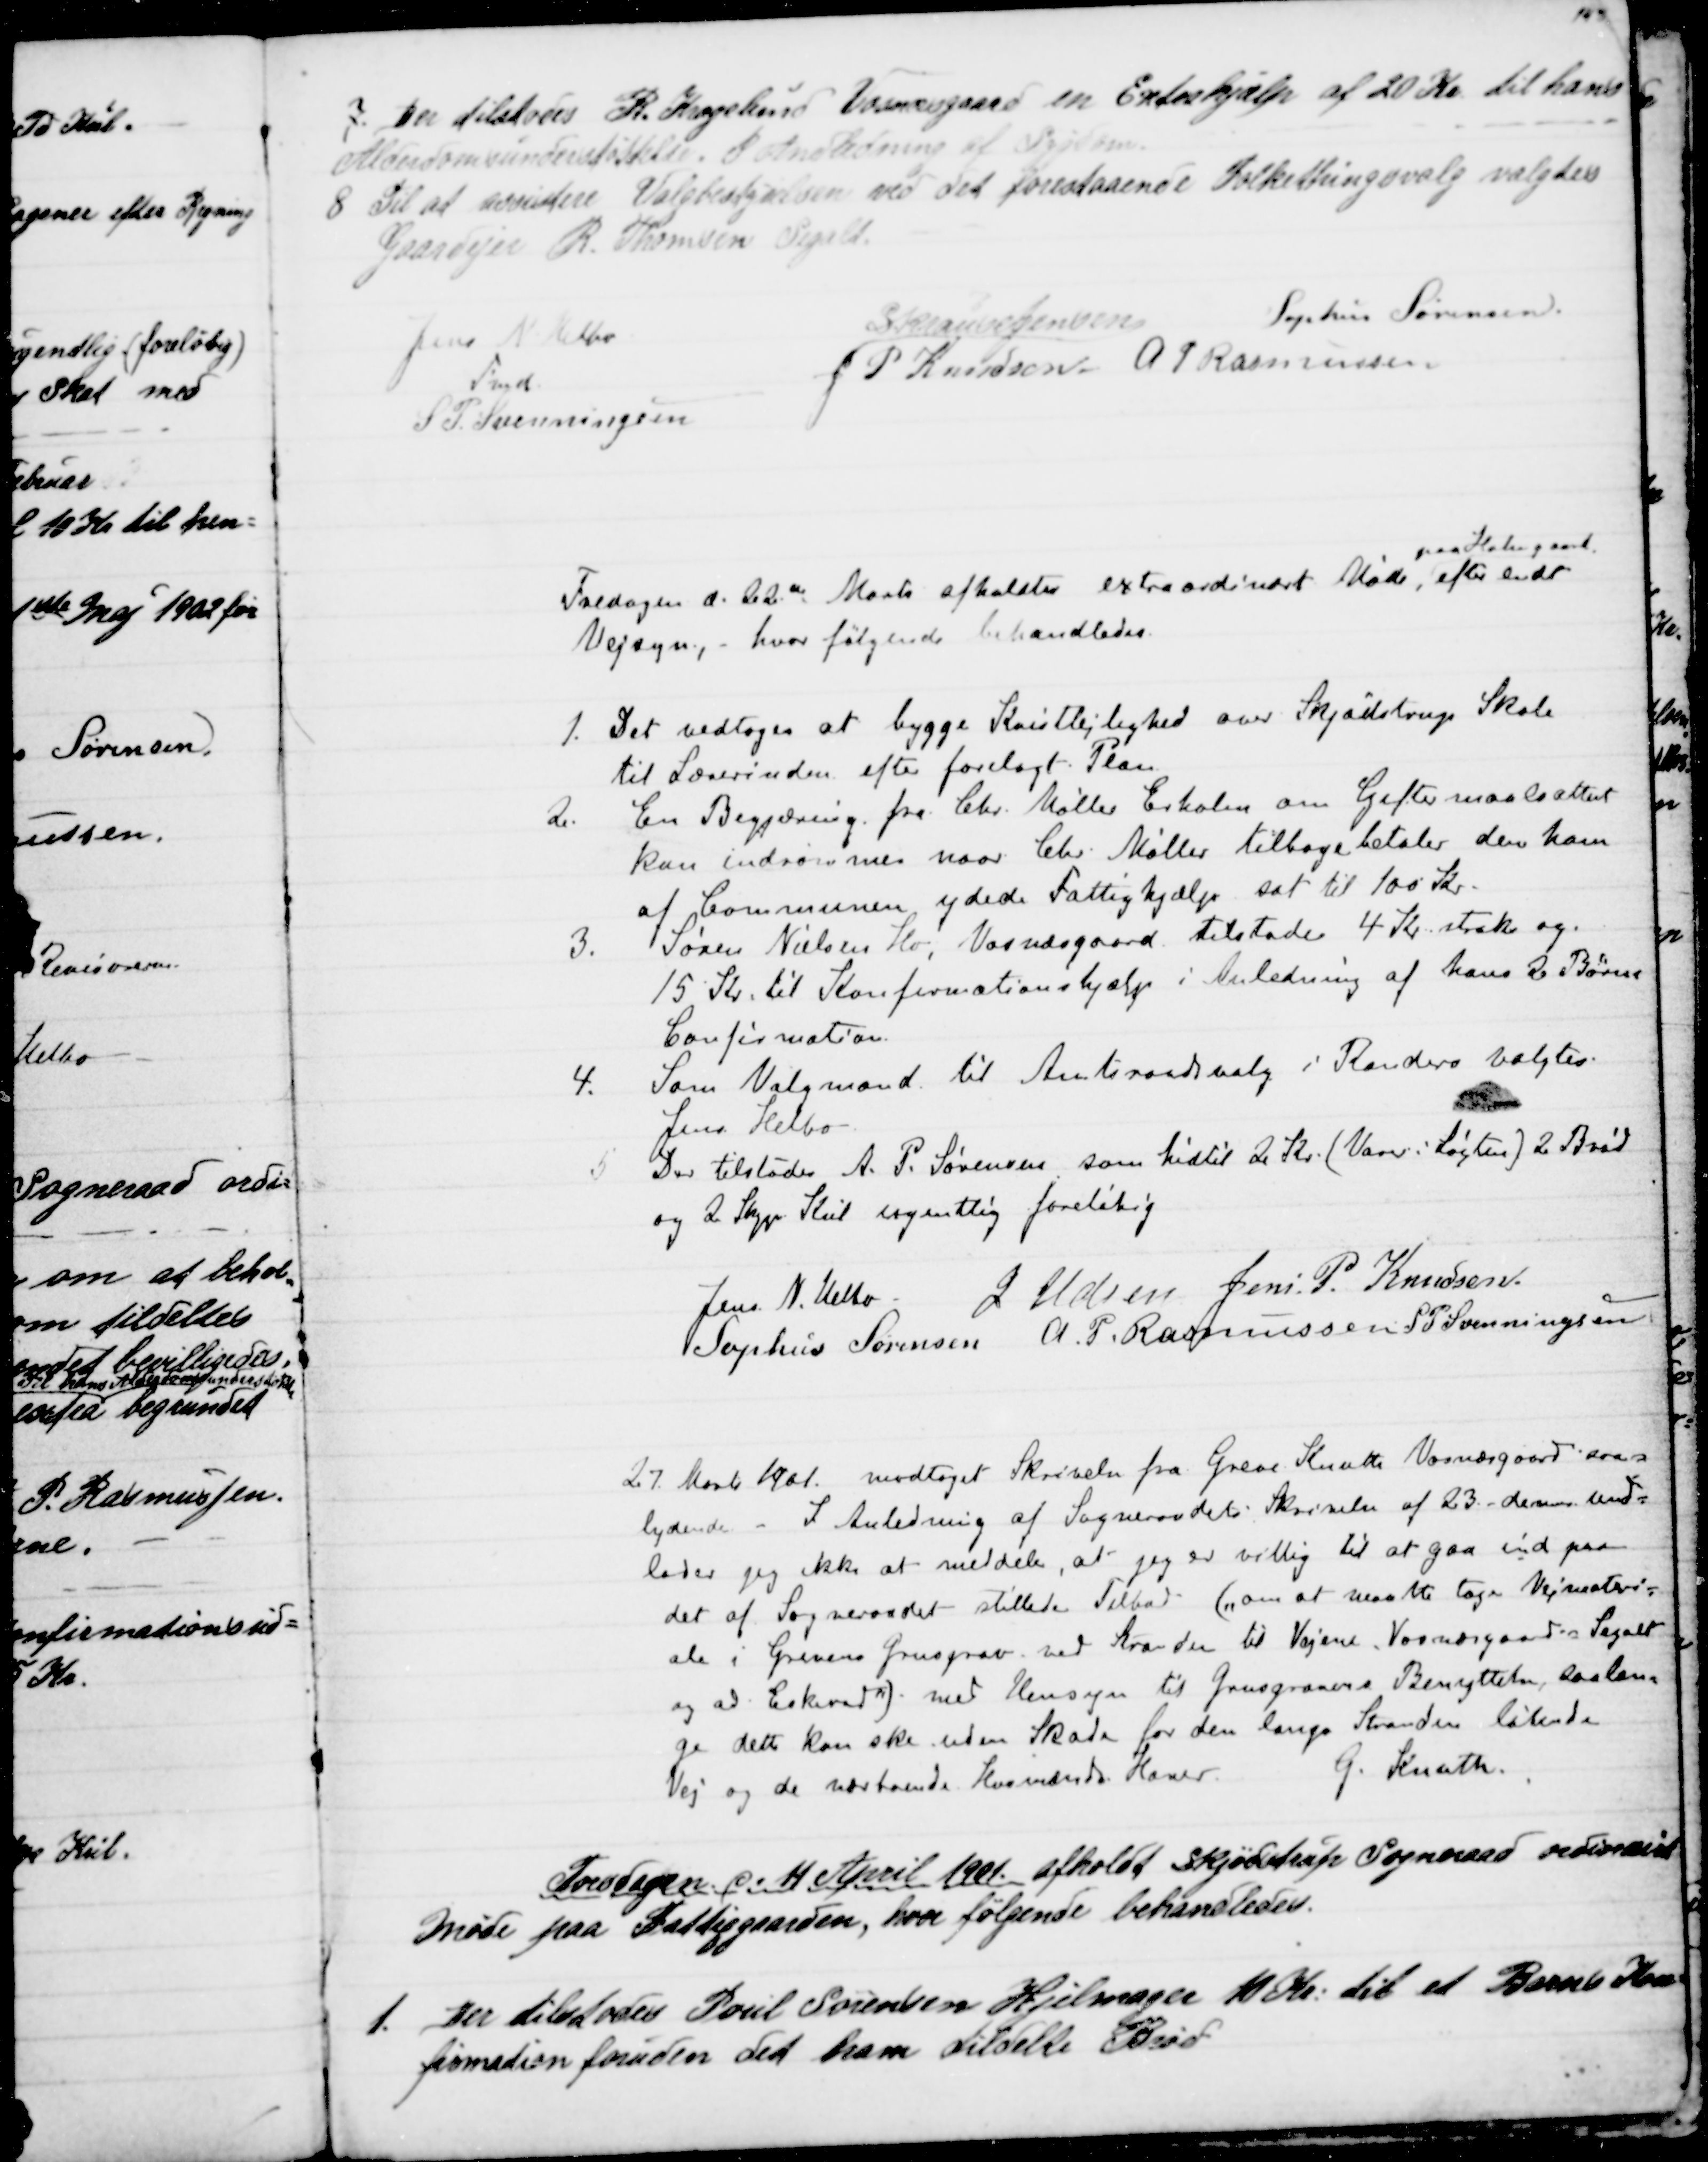
Transskription:
7. Der tilstodes R. Kragelund Vosnæsgaard en Extrahjælp af 20 Kr. til hans
Alderdomsunderstøttelse i Anledning af Sygdom.
8 Til at assistere Valgbestyrelsen til det forestaaende Folketingsvalg valgtes
Gaardejer R Thomsen Segalt.
Jens N. Helbo
Fmd
S Krause Jensen
Sophus Sørensen
J P Knudsen.
A P Rasmussen
S. P. Svenningsen

Fredagen d. 22de Marts afholdtes extraordinært Møde, 
paa Holmgaard
efter endt
Vejsyn, hvor følgende behandledes.
1. Det vedtoges at bygge Kvistlejlighed over Skjødstrup Skole
til Lærerinden efter forelagt Plan.
2. En Begjæring fra Chr. Møller Erholm om Giftemaalsattest
kan indrømmes naar Chr. Møller tilbagebetaler den ham
af Communen ydede Fattighjælp sat til 100 Kr.
3. Søren Nielsen Hoe, Vosnæsgard tilstodes 4 Kr. straks og.
15 Kr. til Konfirmationshjælp i Anledning af hans 2 Børns
Confirmation.
4. Som Valgmand til Amtsraadsvalg i Randers valgtes
Jens Helbo
5 Der tilstodes A. P. Sørensen som hidtil 2 Kr. (Varer i Løgten) 2 Brød
og 2 Skp Kul ugentlig foreløbig.
Jens N. Helbo
J Udsen
Jens P. Knudsen.
Sophus Sørensen
A. P. Rasmussen
S P Svenningsen

27. Marts 1901 modtaget Skrivelse fra Greve Knuth Vosnæsgaard saa=
lydende - I Anledning af Sogneraadets Skrivelse af 23 dennes und=
lader jeg ikke at meddele, at jeg er villig til at gaa ind paa
det af Sogneraadet stillede Tilbud ("om at maatte tage Vejmateri=
ale i Grevens Grusgrav ved Stranden til Vejene, Vosnæsgaard - Segalt
og ad Eskerod") med Hensyn til Grusgravens Benyttelse, saalæn=
ge dette kan ske uden Skade for den langs Stranden løbende
Vej og de nærboende Husmænds Haver.
 G. Knuth

Torsdagen d 11 April 1901 afholdt Skjødstrup Sogneraad ordinairt
Møde paa Fattiggaarden, hvor følgende behandledes.
1. Der tilstodes Poul Sørensen Hjelmager 10 Kr. til et Barns Kon=
firmation foruden det ham tildelte Brød.